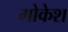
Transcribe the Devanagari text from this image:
गोकेश